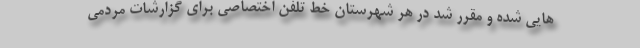
هایی شده و مقرر شد در هر شهرستان خط تلفن اختصاصی برای گزارشات مردمی